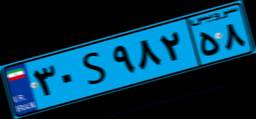
۰۷S۰۴۳۷۶